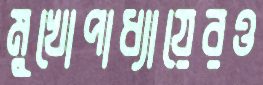
মুখোপাধ্যায়েরও